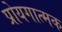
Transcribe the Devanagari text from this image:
प्रोयगात्मक